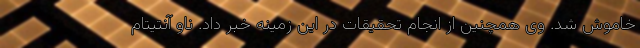
خاموش شد. وی همچنین از انجام تحقیقات در این زمینه خبر داد. ناو آنتیتام